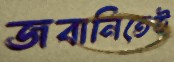
জবানিতেই